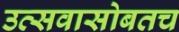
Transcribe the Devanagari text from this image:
उत्सवासोबतच